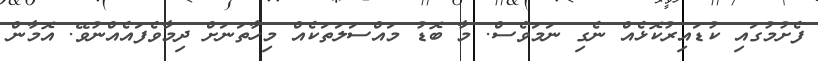
ފެށުމުގައި ކުޑައިރުކޮޅެއް ނެގި ނަމަވެސް. މާ ބޮޑު މައްސަލަތަކެއް މިހާތަނަށް ދިމާވެފައެއްނުވޭ. އޮމާން